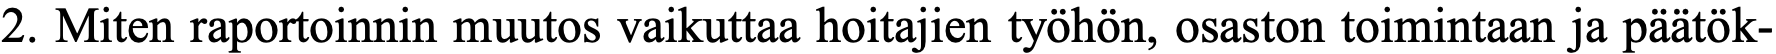
2. Miten raportoinnin muutos vaikuttaa hoitajien työhön, osaston toimintaan ja päätök-